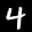
Label: 4